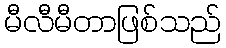
မီလီမီတာဖြစ်သည်